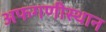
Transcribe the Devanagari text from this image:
अफगणीस्थान